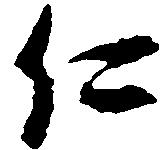
仁